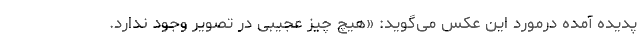
پدیده آمده درمورد این عکس می‌گوید: «هیچ چیز عجیبی در تصویر وجود ندارد.